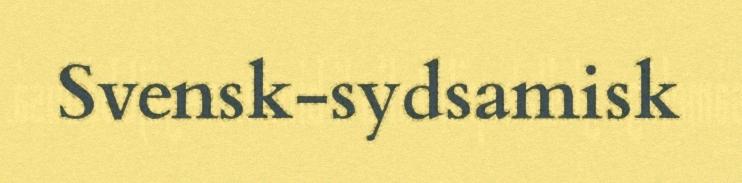
Svensk-sydsamisk